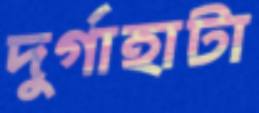
দুর্গাহাটা